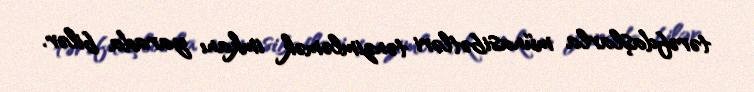
tərəfdaşlarla münasibətləri tənzimləmək imkanı yarada bilər.